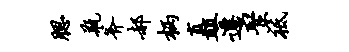
腮瓶斧郝柄矗迁聚祗